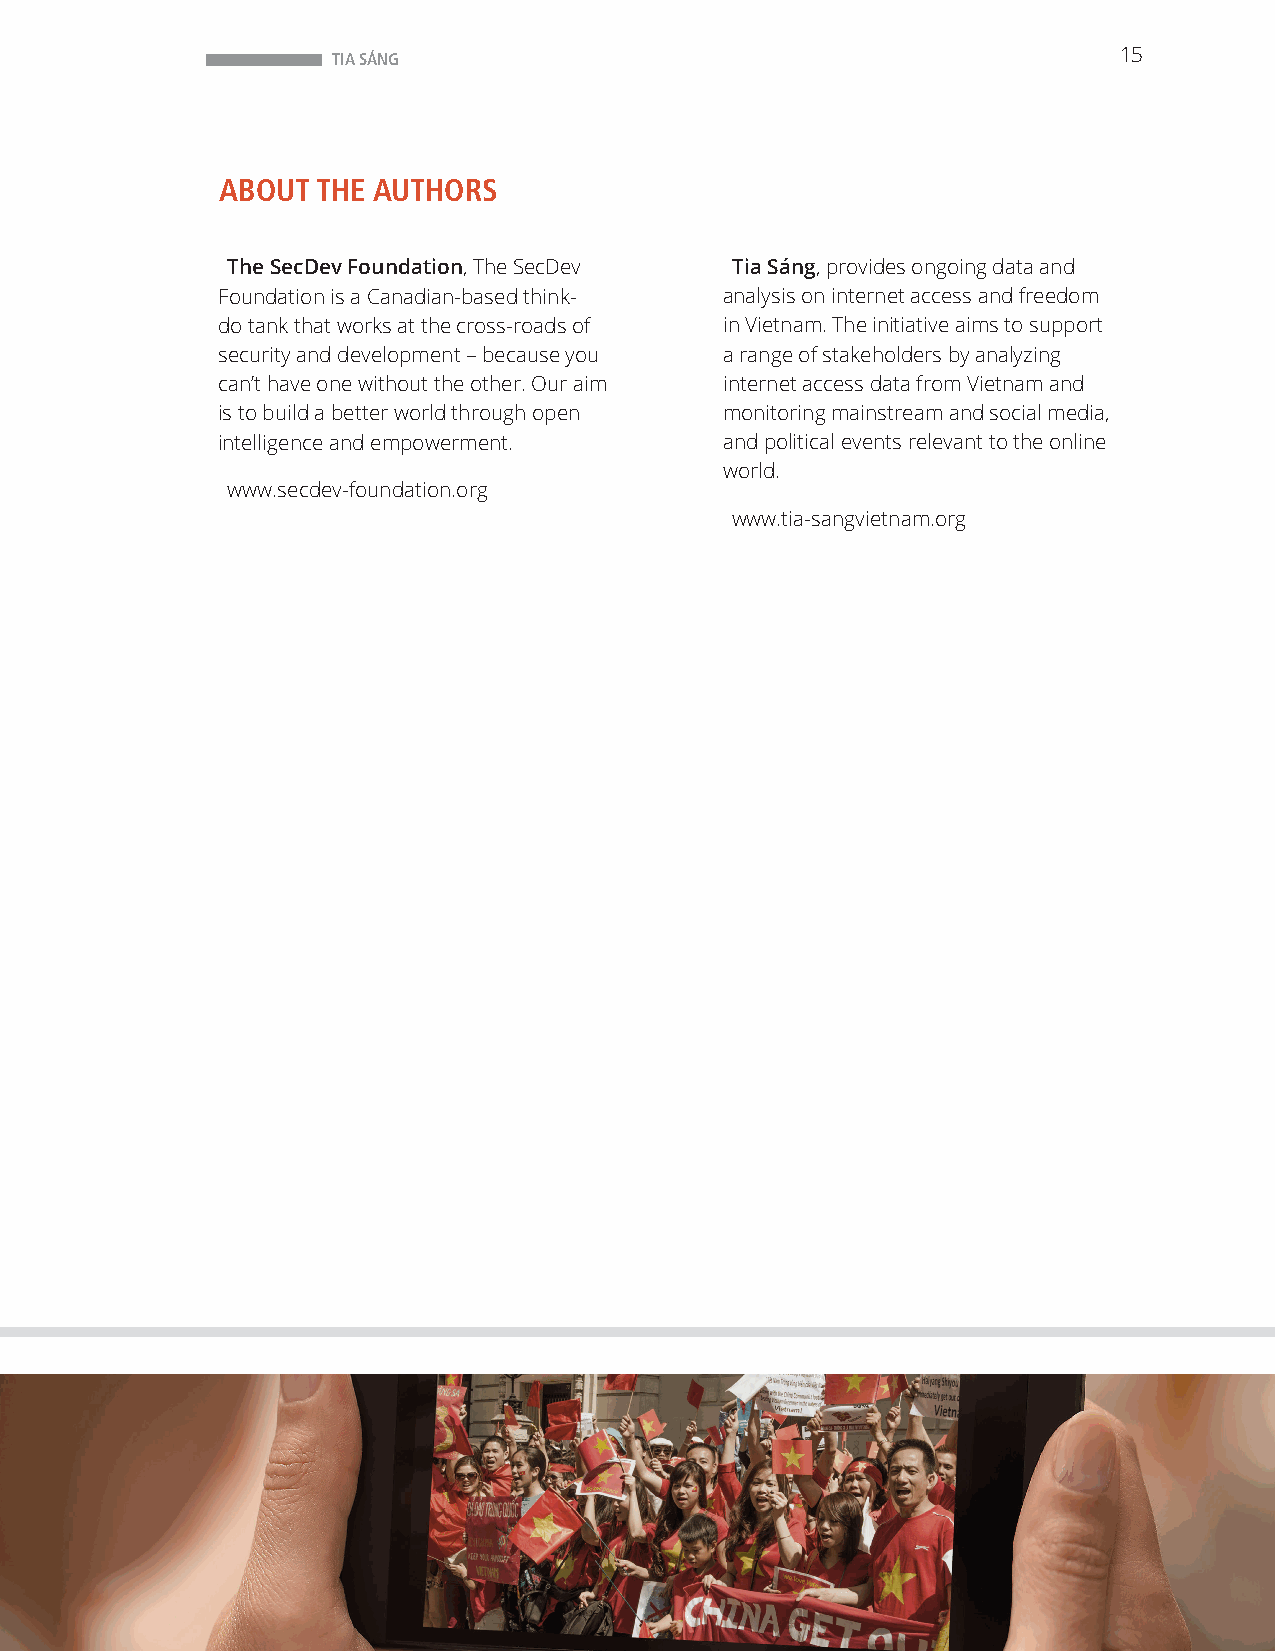
TIA SÁNG                                            15
 ABOUT THE AUTHORS
 The SecDev Foundation, The SecDev Tia Sáng, provides ongoing data and
 Foundation is a Canadian-based think- analysis on internet access and freedom
 do tank that works at the cross-roads of in Vietnam. The initiative aims to support
 security and development – because you a range of stakeholders by analyzing
 can’t have one without the other. Our aim internet access data from Vietnam and
 is to build a better world through open monitoring mainstream and social media,
 intelligence and empowerment.     and political events relevant to the online
 world.
 www.secdev-foundation.org
 www.tia-sangvietnam.org